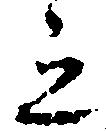
之